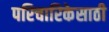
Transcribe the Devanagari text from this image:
परिचारिकेसाठी